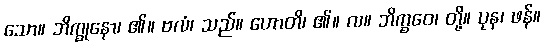
သော။ ဘိက္ခုနော၊ ၏။ ဗလံ၊ သည်။ ဟောတိ၊ ၏။ လ။ ဘိက္ခဝေ၊ တို့။ ပုန၊ ဖန်။